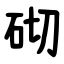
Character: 砌